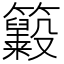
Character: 𥸃